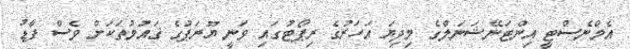
އެމްނެސްޓީ އިންޓަނޭޝަނަލްގެ މިދިޔަ އަހަރުގެ ރިޕޯޓުގައި ވަނީ ޔޫރަޕުގެ ޤައުމުތަކަށް ވެސް ފާޑު